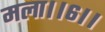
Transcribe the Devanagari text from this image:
मला।।६।।